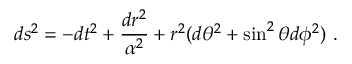
d s ^ { 2 } = - d t ^ { 2 } + \frac { d r ^ { 2 } } { \alpha ^ { 2 } } + r ^ { 2 } ( d \theta ^ { 2 } + \sin ^ { 2 } \theta d \phi ^ { 2 } ) \ .